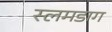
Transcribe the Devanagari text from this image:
स्लमडाग